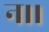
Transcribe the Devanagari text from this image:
न।।